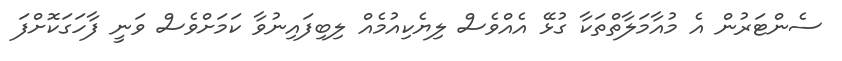
ސެންޓަރުން އެ މުއާމަލާތްތަކާ ގުޅޭ އެއްވެސް ލިޔެކިއުމެއް ލިބިފައިނުވާ ކަމަށްވެސް ވަނީ ފާހަގަކޮށްފަ